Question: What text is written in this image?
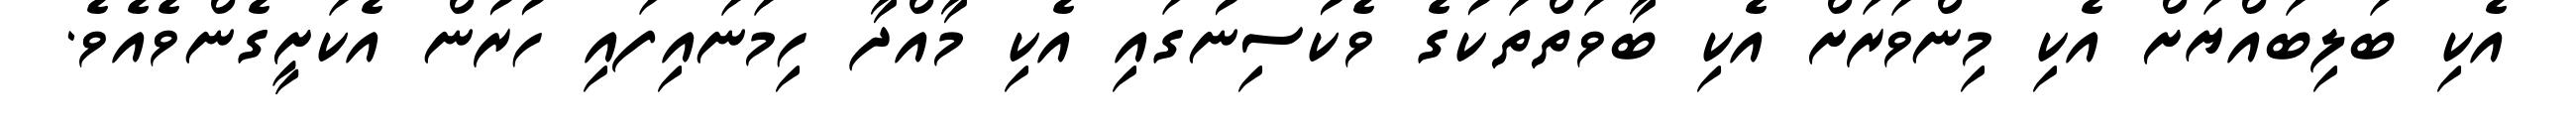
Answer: އެކި ބަލިބައްޔަށް އެކި މިންވަރަށް އެކި ބާވަތްތަކުގެ ވެކުސިނުގައި އެކި މާއްދާ ހިމަނައިފައި ހުރުން އެކަށީގެންވެއެވެ.